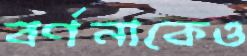
বর্ণনাকেও